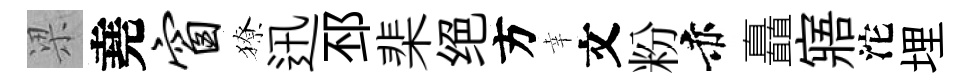
梁堯窗獠迅邳棐绝方幸文粉赤矗寤沱埋